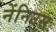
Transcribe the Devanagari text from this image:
नेंनिउस